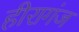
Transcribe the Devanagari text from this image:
हीरागंज